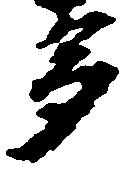
多